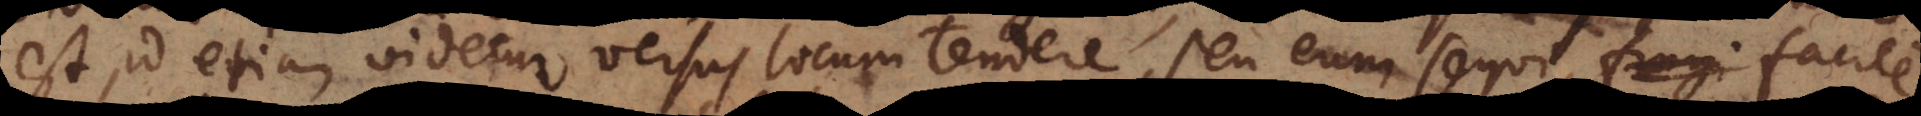
est, id etiam videtur versus locum tendere, seu eum sequi, fingi facile